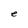
Character: e